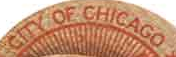
CITY OF CHICAGO